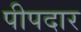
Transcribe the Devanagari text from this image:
पीपदार